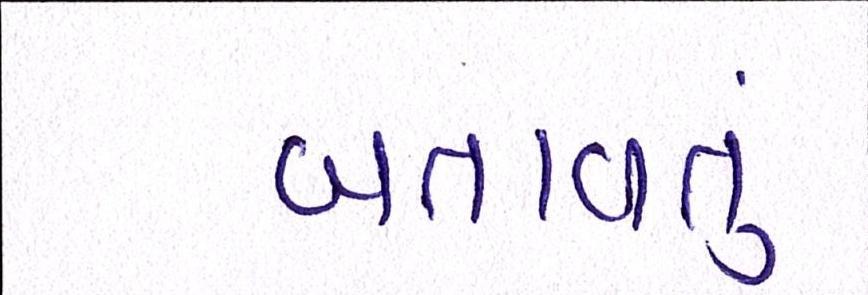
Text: બતાવતું